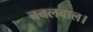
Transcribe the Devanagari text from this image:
बबलवाल।